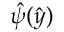
\hat { \psi } ( \hat { y } )